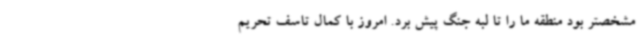
مشخصتر بود منطقه ما را تا لبه جنگ پیش برد. امروز با کمال تاسف تحریم